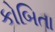
કોબિતા